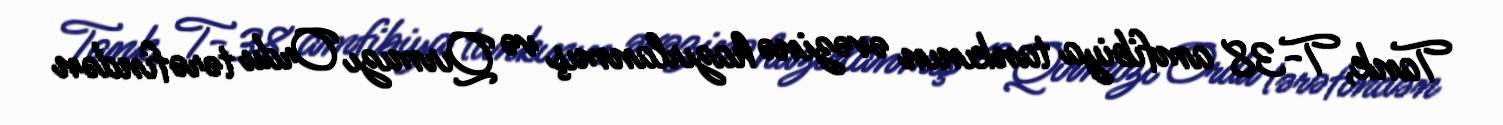
Tank, T-38 amfibiya tankının əvəzinə hazırlanmış və Qırmızı Ordu tərəfindən